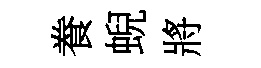
飬蜺將